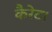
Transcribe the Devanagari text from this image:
कैरेट।